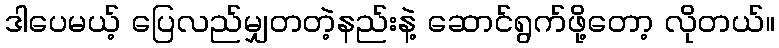
ဒါပေမယ့် ပြေလည်မျှတတဲ့နည်းနဲ့ ဆောင်ရွက်ဖို့တော့ လိုတယ်။